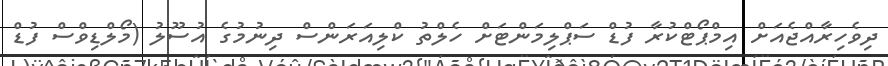
ދިވެހިރާއްޖެއަށް އިމްޕޯޓްކުރާ ފުޑް ސަޕްލިމަންޓަށް ހެލްތު ކްލިއަރަންސް ދިނުމުގެ އުސޫލު (މޯލްޑިވްސް ފުޑް